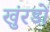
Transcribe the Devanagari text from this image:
खुंरडों